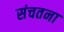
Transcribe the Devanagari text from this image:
संचतना